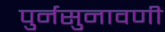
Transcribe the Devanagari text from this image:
पुर्नसुनावणी